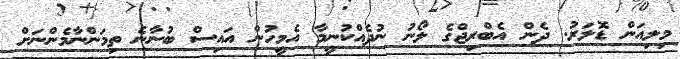
މިލިއަން ޑޮލަރު. ދެން އެބްރިޖްގެ ލޯނު ނުދެއްކުނީމާ އެމީހުން އައިސް ބުނާނެ ތިމަންނާމެންނަށް